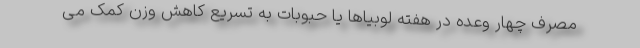
مصرف چهار وعده در هفته لوبیاها یا حبوبات به تسریع کاهش وزن کمک می